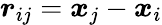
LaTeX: \boldsymbol{r}_{ij}=\boldsymbol{x}_{j}-\boldsymbol{x}_{i}